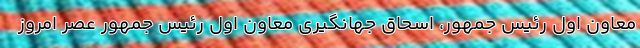
معاون اول رئیس جمهور، اسحاق جهانگیری معاون اول رئیس جمهور عصر امروز